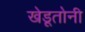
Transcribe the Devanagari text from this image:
खेडूतोनी